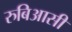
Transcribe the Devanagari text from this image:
रुबिआसी